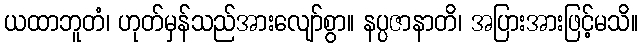
ယထာဘူတံ၊ ဟုတ်မှန်သည်အားလျော်စွာ။ နပ္ပဇာနာတိ၊ အပြားအားဖြင့်မသိ။